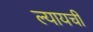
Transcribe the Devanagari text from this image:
ल्यायची